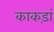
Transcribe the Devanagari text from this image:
काकड़ां